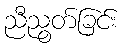
ညီညွတ်ခြင်း